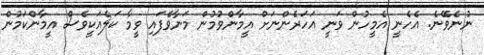
ނުނެވޭނެ. އެހެނީ އެމީހުން ވަނީ އަހަރެންނަށް އީމާންވުމުން މަނާވެފައި ވީމާ ކަލެއަކީވެސް އީމާންކަމުން